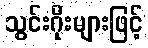
သွင်းဂိုးများဖြင့်